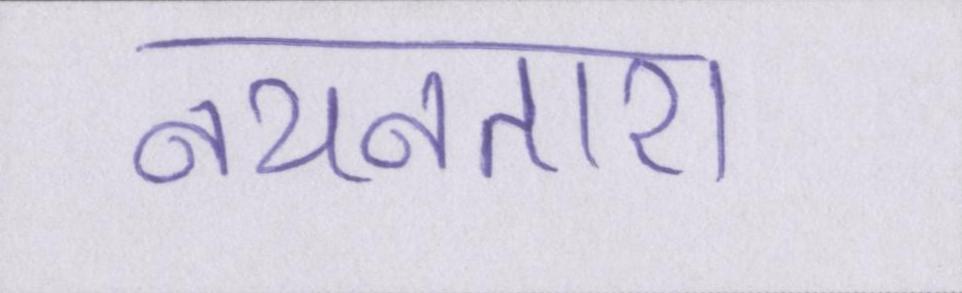
नयनतारा